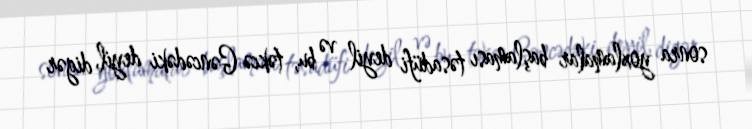
sonra yoxlamalar başlaması təsadüfi deyil və bu, təkcə Gəncədəki deyil, digər